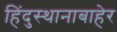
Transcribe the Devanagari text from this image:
हिंदुस्थानाबाहेर